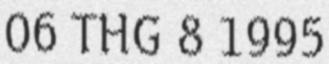
06 THG 8 1995